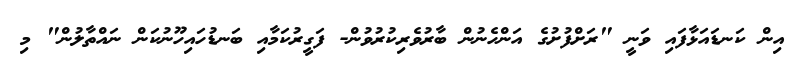
އިން ކަނޑައަޅާފައި ވަނީ "ރަށްފުށުގެ އަންހެނުން ބާރުވެރިކުރުވުން- ފަގީރުކަމާއި ބަނޑުހައިހޫނުކަން ނައްތާލުން" މި